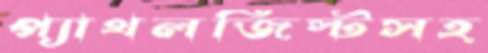
প্যাথলজিস্টসহ